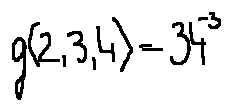
g ( 2 , 3 , 4 ) = 3 4 ^ { - 3 }